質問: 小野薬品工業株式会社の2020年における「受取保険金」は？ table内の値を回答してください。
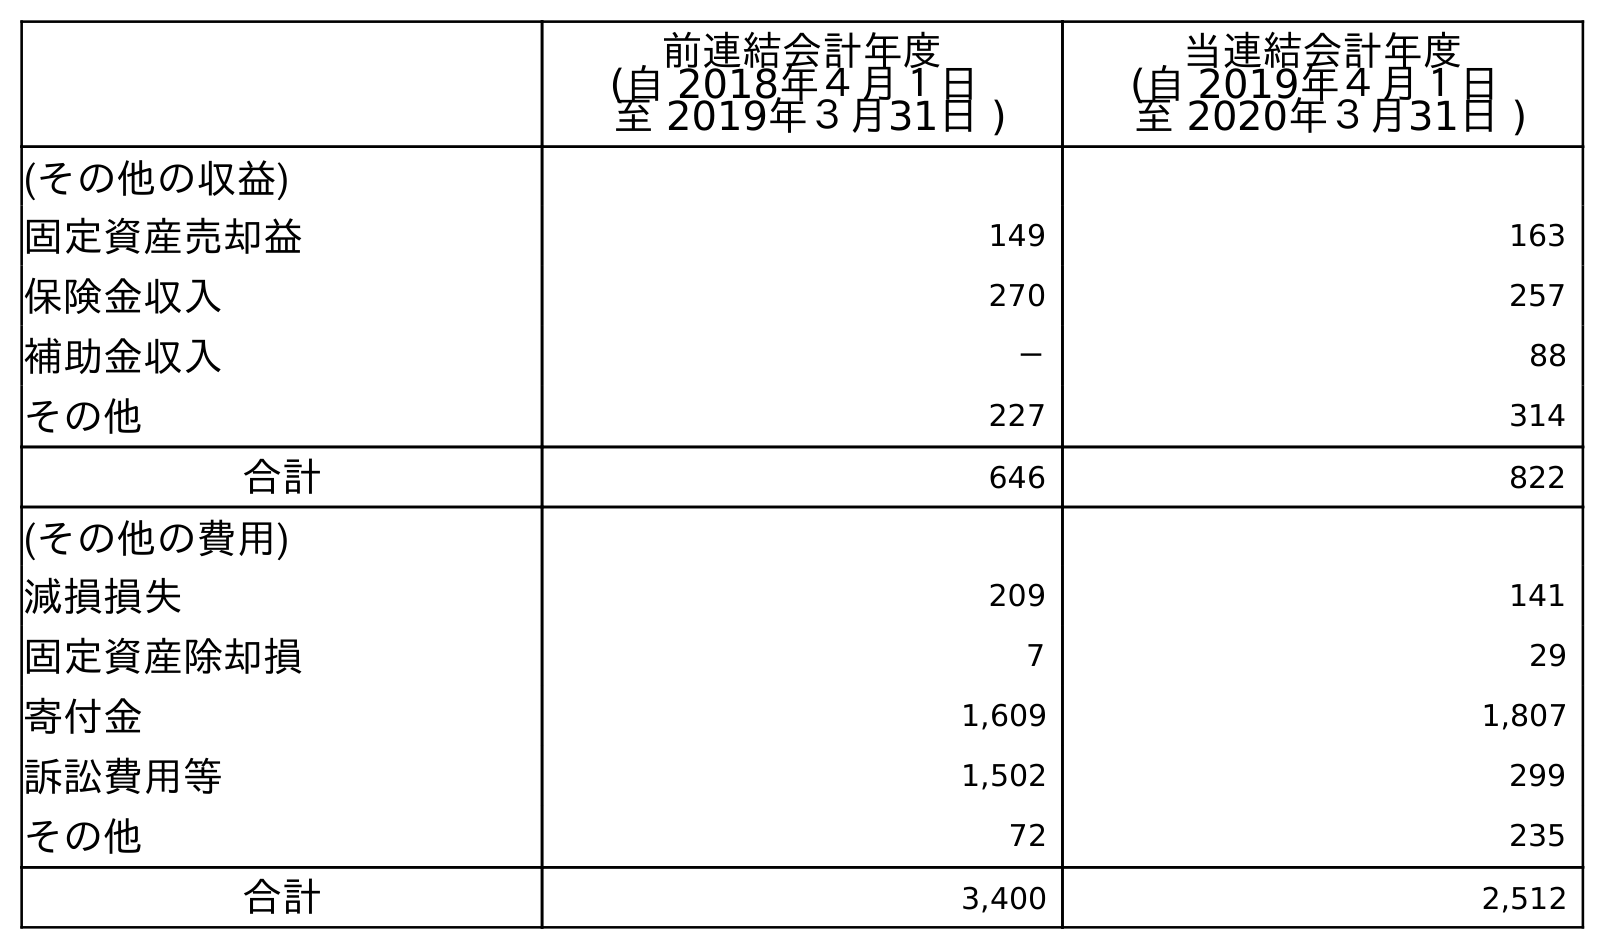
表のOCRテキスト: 前連結会計年度 (自 2018年４月１日 至 2019年３月31日 ) 当連結会計年度 (自 2019年４月１日 至 2020年３月31日 ) (その他の収益) 固定資産売却益 149 163 保険金収入 270 257 補助金収入 － 88 その他 227 314 合計 646 822 (その他の費用) 減損損失 209 141 固定資産除却損 7 29 寄付金 1,609 1,807 訴訟費用等 1,502 299 その他 72 235 合計 3,400 2,512
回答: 257